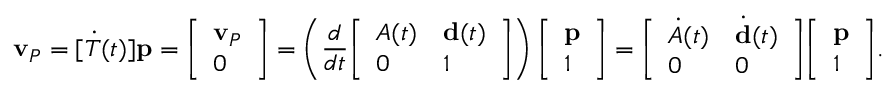
\mathbf { v } _ { P } = [ { \dot { T } } ( t ) ] \mathbf { p } = { \left[ \begin{array} { l } { \mathbf { v } _ { P } } \\ { 0 } \end{array} \right] } = \left( { \frac { d } { d t } } { \left[ \begin{array} { l l } { A ( t ) } & { \mathbf { d } ( t ) } \\ { 0 } & { 1 } \end{array} \right] } \right) { \left[ \begin{array} { l } { \mathbf { p } } \\ { 1 } \end{array} \right] } = { \left[ \begin{array} { l l } { { \dot { A } } ( t ) } & { { \dot { \mathbf { d } } } ( t ) } \\ { 0 } & { 0 } \end{array} \right] } { \left[ \begin{array} { l } { \mathbf { p } } \\ { 1 } \end{array} \right] } .